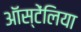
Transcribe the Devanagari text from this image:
ऑस्टेंलिया